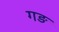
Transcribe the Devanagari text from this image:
गङ